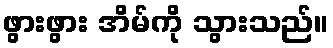
ဖွားဖွား အိမ်ကို သွားသည်။